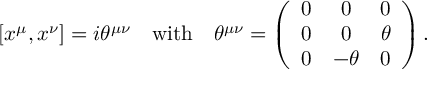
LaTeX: [ x ^ { \mu } , x ^ { \nu } ] = i \theta ^ { \mu \nu } \quad \mathrm { w i t h } \quad \theta ^ { \mu \nu } = \left( \begin{array} { c c c } { { 0 } } & { { 0 } } & { { 0 } } \\ { { 0 } } & { { 0 } } & { { \theta } } \\ { { 0 } } & { { - \theta } } & { { 0 } } \end{array} \right) .